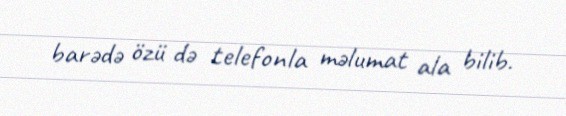
barədə özü də telefonla məlumat ala bilib.